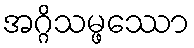
အဂ္ဂိသမ္ဖဿော